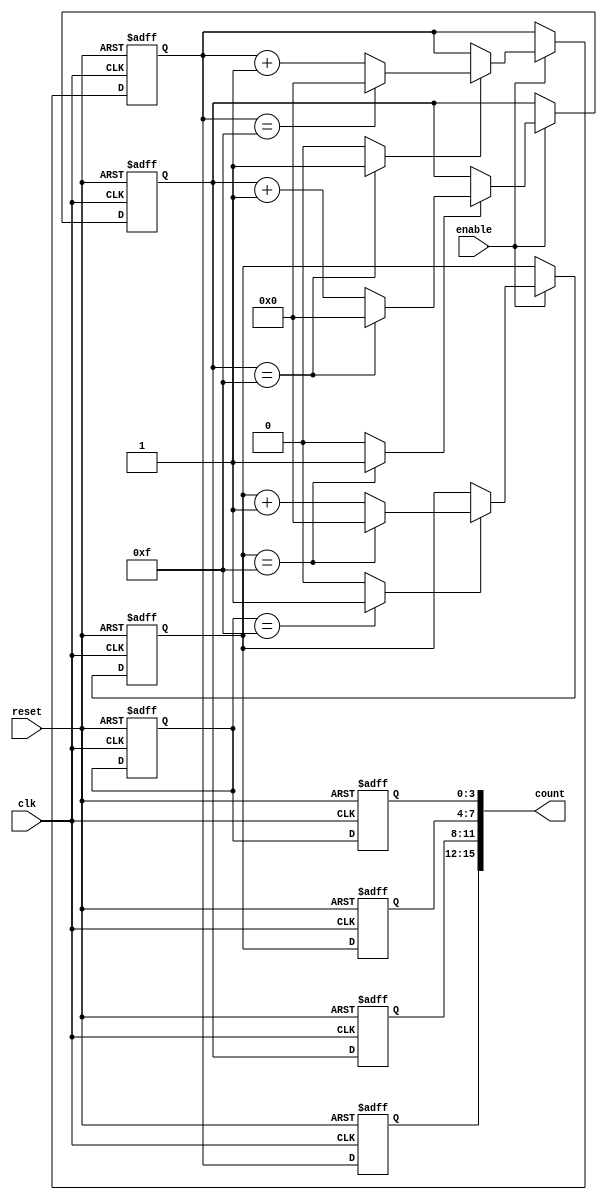
module cascaded_counter #(
    parameter NUM_BLOCKS = 4, // Number of memory blocks (stages)
    parameter BLOCK_SIZE = 4   // Size of each memory block in bits
)(
    input wire clk,             // Clock input
    input wire reset,           // Asynchronous reset
    input wire enable,          // Enable signal
    output reg [(NUM_BLOCKS * BLOCK_SIZE) - 1:0] count // Current count value
);

    // Internal carry signals for each block
    wire [NUM_BLOCKS:0] carry;
    assign carry[0] = 1'b0; // Initial carry for the least significant block

    // Generate memory blocks
    genvar i;
    generate
        for (i = 0; i < NUM_BLOCKS; i = i + 1) begin : memory_blocks
            reg [BLOCK_SIZE - 1:0] mem_block; // Memory block for each stage

            always @(posedge clk or posedge reset) begin
                if (reset) begin
                    mem_block <= 0; // Reset block to zero
                end else if (enable) begin
                    if (carry[i]) begin
                        if (mem_block == {BLOCK_SIZE{1'b1}}) begin // Check for overflow
                            mem_block <= 0; // Reset current block on overflow
                        end else begin
                            mem_block <= mem_block + 1; // Increment current block
                        end
                    end
                end
            end

            // Assign the carry for the next block
            assign carry[i + 1] = (mem_block == {BLOCK_SIZE{1'b1}}) ? 1'b1 : 1'b0;

            // Concatenate count output
            always @(posedge clk or posedge reset) begin
                if (reset) begin
                    count[(i + 1) * BLOCK_SIZE - 1 -: BLOCK_SIZE] <= 0; // Reset count output
                end else begin
                    count[(i + 1) * BLOCK_SIZE - 1 -: BLOCK_SIZE] <= mem_block; // Update count output
                end
            end
        end
    endgenerate

endmodule